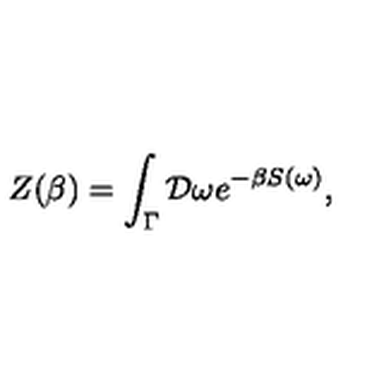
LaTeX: Z ( \beta ) = \int _ { \Gamma } { \cal D } \omega e ^ { - \beta S ( \omega ) } ,